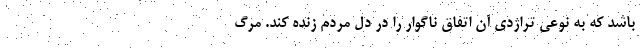
باشد که به نوعی تراژدی آن اتفاق ناگوار را در دل مردم زنده کند. مرگ